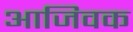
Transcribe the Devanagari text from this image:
आजिवक